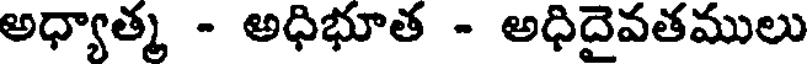
అధ్యాత్మ - అధిభూత - అధిదైవతములు